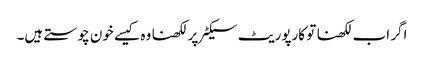
اگر اب لکھنا تو کارپوریٹ سیکٹر پر لکھنا وہ کیسے خون چوستے ہیں۔